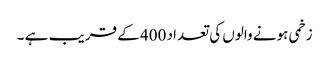
زخمی ہونے والوں کی تعداد 400 کے قریب ہے ۔